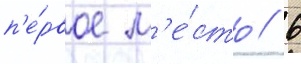
п'е́рвое м'е́сто / 6